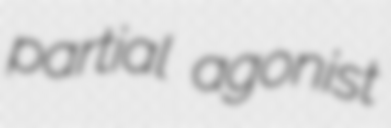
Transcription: partial agonist